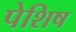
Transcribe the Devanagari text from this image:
पेशिष